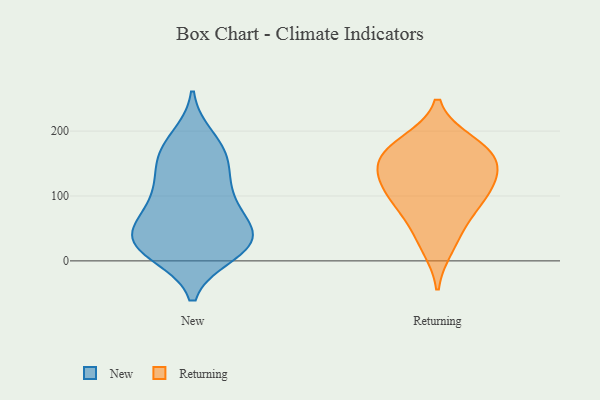
{"axis": {"x": "Budget (USD K)", "y": "Value"}, "legend": ["New", "Returning"], "data": [{"x": "", "y": 106, "type": "New"}, {"x": "", "y": 11, "type": "New"}, {"x": "", "y": 101, "type": "New"}, {"x": "", "y": 27, "type": "New"}, {"x": "", "y": 13, "type": "New"}, {"x": "", "y": 40, "type": "New"}, {"x": "", "y": 144, "type": "New"}, {"x": "", "y": 21, "type": "New"}, {"x": "", "y": 45, "type": "New"}, {"x": "", "y": 163, "type": "New"}, {"x": "", "y": 151, "type": "New"}, {"x": "", "y": 68, "type": "New"}, {"x": "", "y": 25, "type": "New"}, {"x": "", "y": 39, "type": "New"}, {"x": "", "y": 189, "type": "New"}, {"x": "", "y": 59, "type": "New"}, {"x": "", "y": 100, "type": "New"}, {"x": "", "y": 176, "type": "New"}, {"x": "", "y": 167, "type": "Returning"}, {"x": "", "y": 108, "type": "Returning"}, {"x": "", "y": 87, "type": "Returning"}, {"x": "", "y": 120, "type": "Returning"}, {"x": "", "y": 52, "type": "Returning"}, {"x": "", "y": 135, "type": "Returning"}, {"x": "", "y": 21, "type": "Returning"}, {"x": "", "y": 178, "type": "Returning"}, {"x": "", "y": 147, "type": "Returning"}, {"x": "", "y": 183, "type": "Returning"}, {"x": "", "y": 91, "type": "Returning"}, {"x": "", "y": 154, "type": "Returning"}]}